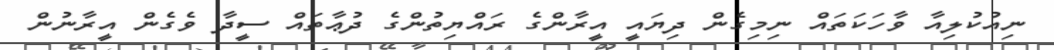
ނިއުކުލިއާ ވާހަކަތައް ނިމިގެން ދިޔައީ އީރާންގެ ރައްޔިތުންގެ ދުޢާތައް ސީދާ ވެގެން އީރާނުން